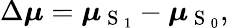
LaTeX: \Delta\boldsymbol{\mu}=\boldsymbol{\mu}_{\mathrm{~S~}_{1}}-\boldsymbol{\mu}_{\mathrm{~S~}_{0}},